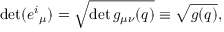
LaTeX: \operatorname * { d e t } ( { e ^ { i } } _ { \mu } ) = \sqrt { \operatorname * { d e t } g _ { \mu \nu } ( q ) } \equiv \sqrt { g ( q ) } ,